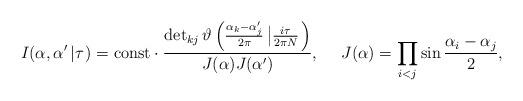
LaTeX: \begin{align*} I(\alpha,\alpha '\left|\tau \right.)={\rm const}\cdot\frac{\det_{kj}\vartheta\left(\frac{\alpha _k-\alpha'_j}{2\pi }\left|\frac{i\tau }{2\pi N}\right.\right)}{J(\alpha )J(\alpha ')},~~~~J(\alpha )=\prod_{i<j}\sin\frac{\alpha _i-\alpha _j}{2},\end{align*}